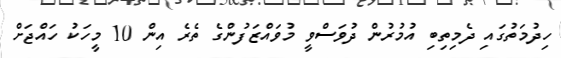
ހިދުމަތުގައި ދެމިތިބި އުމުރުން ދުވަސްވީ މުވައްޒަފުންގެ ތެރެ އިން 10 މީހަކު ހައްޖަށް